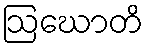
ဩဃောတိ